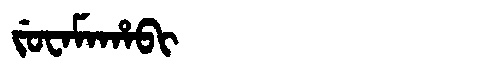
Manchu: ᠵᡠᠸᠠᠮᠠᡥᠠᠪᡳ
Romanization: JUWAMAHABI